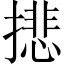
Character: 𢴾